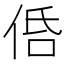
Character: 𠈲